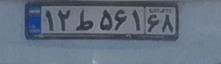
۱۲ط۵۶۱۶۸